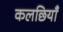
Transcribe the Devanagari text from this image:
कलछियाँ